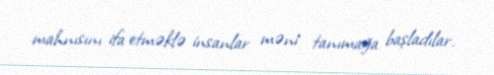
mahnısını ifa etməklə insanlar məni tanımağa başladılar.